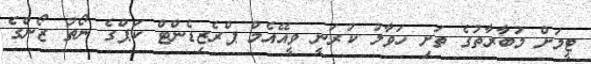
ޓީމަށް މުބާރާތުގެ ތަށި ހަވާލު ކުރަނީ ވީއޭއެމް ޕްރެޒިޑެންޓް ކަޕްގެ ނޯތު ޒޯންގެ